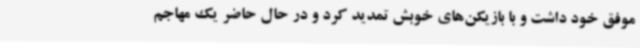
موفق خود داشت و با بازیکن‌های خوبش تمدید کرد و در حال حاضر یک مهاجم